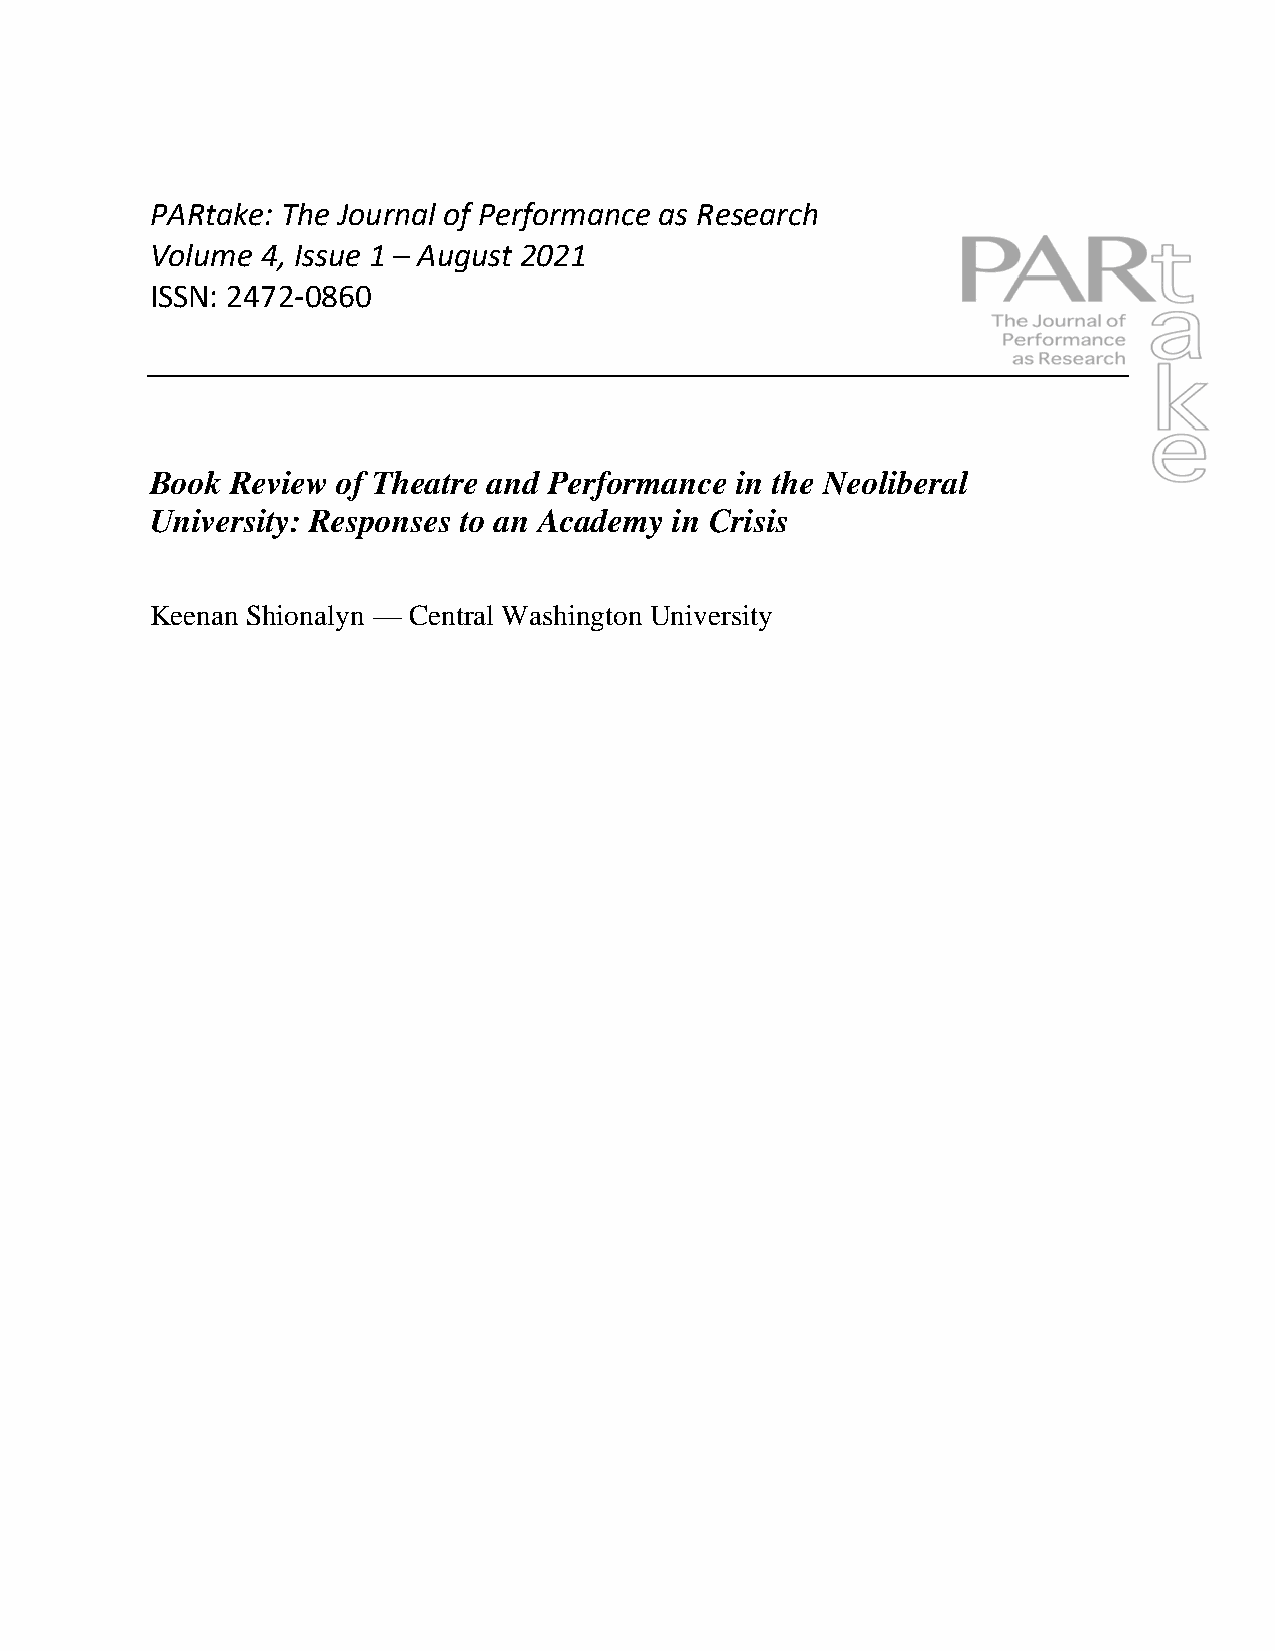
PARtake: The Journal of Performance as Research
 Volume 4, Issue 1 – August 2021
 ISSN: 2472-0860
 Book Review of Theatre and Performance in the Neoliberal
 University: Responses to an Academy in Crisis
 Keenan Shionalyn — Central Washington University